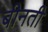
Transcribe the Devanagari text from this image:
बीनती